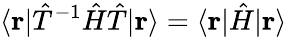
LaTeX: \langle\mathbf{r}|{\hat{T}}^{-1}{\hat{H}}{\hat{T}}|\mathbf{r}\rangle=\langle\mathbf{r}|{\hat{H}}|\mathbf{r}\rangle